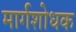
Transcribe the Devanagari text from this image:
मार्गशोधक